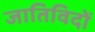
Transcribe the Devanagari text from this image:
जातिविदों